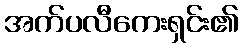
အက်ပလီကေးရှင်း၏